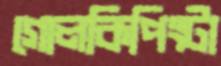
গোলকিপিংটা